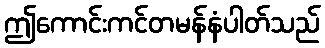
ဤကောင်းကင်တမန်နံပါတ်သည်